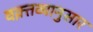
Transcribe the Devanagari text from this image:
वक़्तव्यानुसार